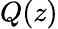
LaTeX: Q(z)